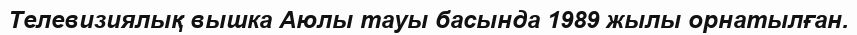
Телевизиялық вышка Аюлы тауы басында 1989 жылы орнатылған.